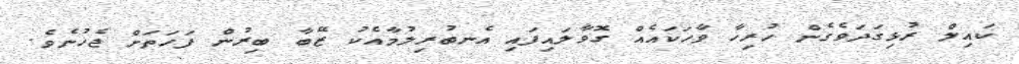
ކައިލް ރުޅިގަދަވެގެން ހުރިހާ ވާހަކައެއް ގޮވާލައިފައި އެނބުރިލުމާއެކު ޒޭބާ ބިރުން ފަހަތަށް ޖެހުނެވެ.